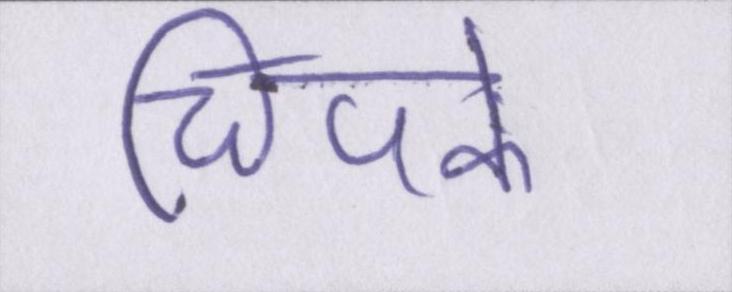
चिपके